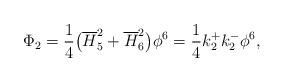
LaTeX: \begin{align*}\Phi_2=\frac{1}{4}\big(\overline{H}_5^2+\overline{H}_6^2\big)\phi^6=\frac{1}{4}k^{+}_{2}k^{-}_{2}\phi^6,\end{align*}